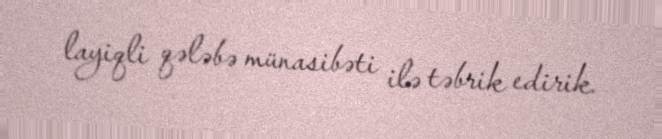
layiqli qələbə münasibəti ilə təbrik edirik.